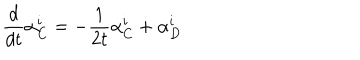
LaTeX: \frac { d } { d t } \alpha _ { C } ^ { i } = - \frac { 1 } { 2 t } \alpha _ { C } ^ { i } + \alpha _ { D } ^ { i }